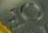
OF